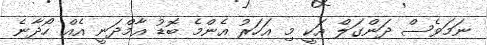
ނަމަވެސް ދަންގަލް އަކީ މި އަހަރު އެންމެ ބޮޑު އާމްދަނީ އެއް ހޯދާނެ